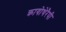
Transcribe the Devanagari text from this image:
क्रायोथेरैपी